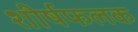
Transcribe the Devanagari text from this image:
शीर्षफलक